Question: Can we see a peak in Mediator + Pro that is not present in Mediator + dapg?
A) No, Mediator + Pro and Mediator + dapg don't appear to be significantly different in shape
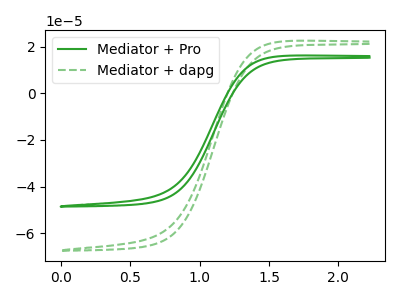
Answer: <think>The green curve "Mediator + Pro" has no peaks. The green dashed curve "Mediator + dapg" has no peaks.
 Neither "Mediator + Pro" or "Mediator + dapg" have any peaks.</think>
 <answer>A) No, "Mediator + Pro" and "Mediator + dapg" don't appear to be significantly different in shape</answer>
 <eval>A</eval>